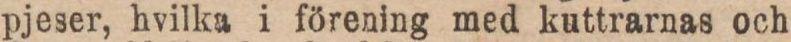
pjeser, hvilka i förening med kuttrarnas och